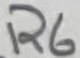
Text: R6